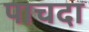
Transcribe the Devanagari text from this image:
पाचदा